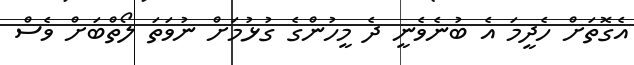
އެގޮތަށް ހެދީމަ އެ ބުނެވެނީ ދެ މީހުންގެ ގުޅުމަށް ނުވަތަ ލޯތްބަށް ވެސް